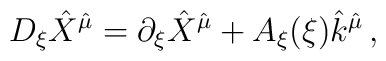
D_{\xi}\hat{X}^{\hat{\mu}} =\partial_{\xi}\hat{X}^{\hat{\mu}} +A_{\xi}(\xi) \hat{k}^{\hat{\mu}}\, ,